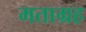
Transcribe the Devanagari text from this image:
मताग्रह